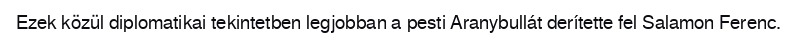
Ezek közül diplomatikai tekintetben legjobban a pesti Aranybullát derítette fel Salamon Ferenc.